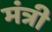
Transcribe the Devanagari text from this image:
मंत्री